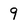
Character: 9